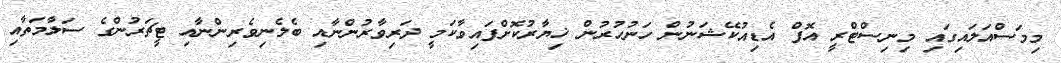
މިމަސްއަލައިގައި މިނިސްޓްރީ އޮފް އެޑިއުކޭޝަނުން ހަނުހުރުން ޚިޔާރުކޮށްފައިވާކަމީ ދަރިވާރުންނާއި ބެލެނިވެރިންނާއި ޓީޗަރުންގެ ސަލާމަތާއި